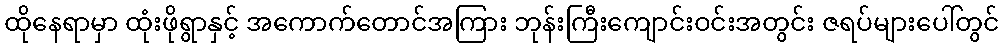
ထိုနေရာမှာ ထုံးဖိုရွာနှင့် အကောက်တောင်အကြား ဘုန်းကြီးကျောင်းဝင်းအတွင်း ဇရပ်များပေါ်တွင်